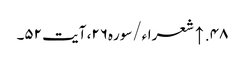
۴۸. ↑ شعراء/سوره۲۶، آیت ۵۲۔